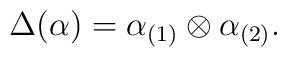
\Delta (\alpha) = \alpha_{(1)} \otimes \alpha_{(2)}.